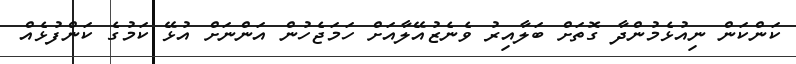
ކަންކަން ނިއުޅެމުންދާ ގޮތަށް ބަލާއިރު ވެނެޒުއޭލާއަށް ހަމަޖެހުން އަންނަށް އުޅޭ ކަމުގެ ކަންފުޅެއް